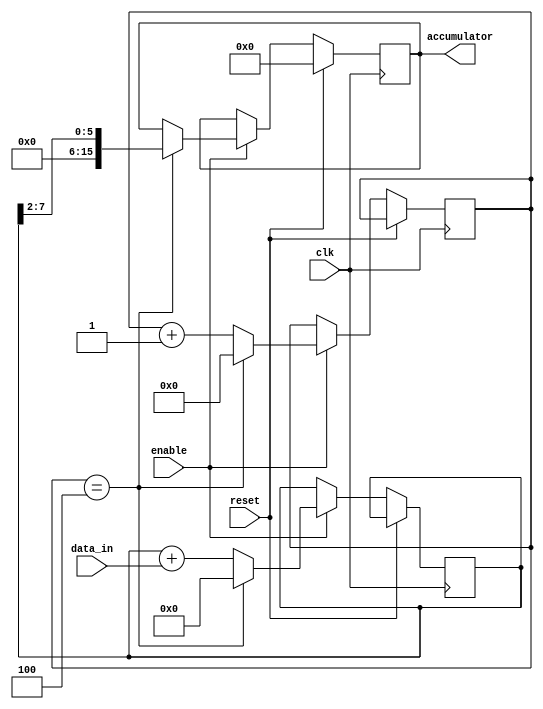
module moving_average_accumulator(
  input clk,
  input reset,
  input [7:0] data_in,
  input enable,
  output reg [15:0] accumulator
);

reg [7:0] sum;
reg [3:0] count;

always @(posedge clk) begin
  if(reset)
    accumulator <= 0;
  else if(enable) begin
    sum <= sum + data_in;
    count <= count + 1;
    if(count == 4) begin
      accumulator <= sum >> 2; // divide by 4 to get average
      sum <= 0;
      count <= 0;
    end
  end
end

endmodule